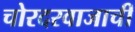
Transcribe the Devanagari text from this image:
चोरदरवाजाची